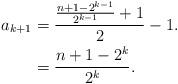
LaTeX: \begin{align*}a_{k+1}&=\frac{\frac{n+1-2^{k-1}}{2^{k-1}}+1}{2}-1.\\&=\frac{n+1-2^k}{2^k}.\end{align*}